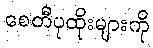
စေတီပုထိုးများကို